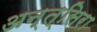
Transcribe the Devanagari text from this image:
अन्त्सिरा